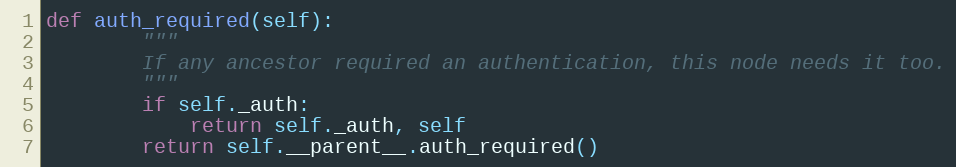
Language: Python
def auth_required(self):
        """
        If any ancestor required an authentication, this node needs it too.
        """
        if self._auth:
            return self._auth, self
        return self.__parent__.auth_required()